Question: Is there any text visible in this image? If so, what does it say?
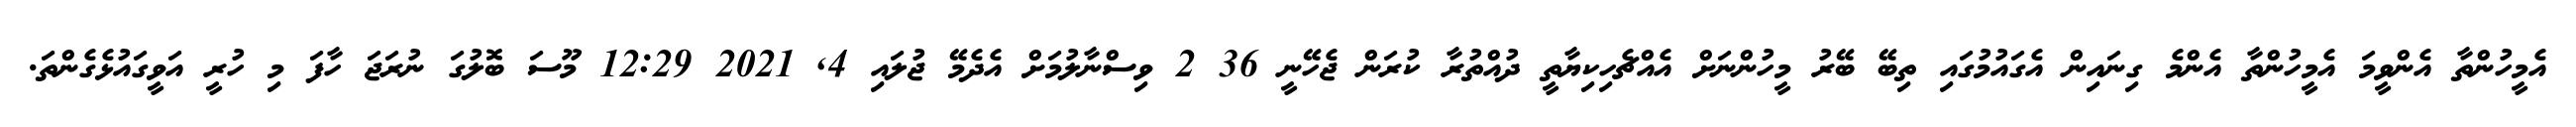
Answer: އެމީހުންތާ އެންވީމަ އެމީހުންތާ އެންމެ ގިނައިން އެގައުމުގައި ތިބޭ ބޭރު މީހުންނަށް އެއްޗެހިކިޔާތީ ދުއްތުރާ ކުރަން ޖެހޭނީ 36 2 ވިސްނާލުމަށް އެދެމޭ ޖުލައި 4, 2021 12:29 މޫސަ ބޮލުގަ ނުރަޖަ ހާފަ މި ހުރީ އަވީގައުޅެގެންތަ.